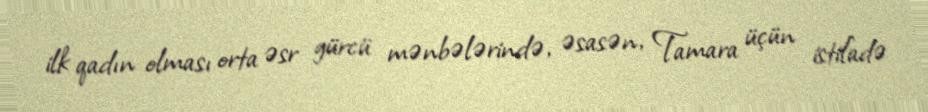
ilk qadın olması orta əsr gürcü mənbələrində, əsasən, Tamara üçün istifadə